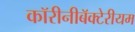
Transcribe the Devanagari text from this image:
कॉरीनीबॅक्टेरीयम